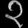
Digit: ၃